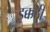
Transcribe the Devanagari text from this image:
इक्कठी